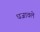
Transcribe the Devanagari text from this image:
धजावले